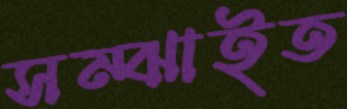
সম্‌ঝাইত